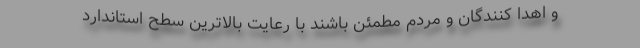
و اهدا کنندگان و مردم مطمئن باشند با رعایت بالاترین سطح استاندارد